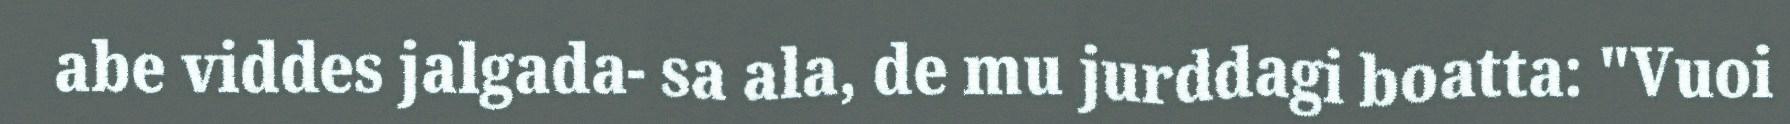
abe viddes jalgada- sa ala, de mu jurddagi boatta: "Vuoi